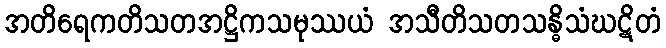
အတိရေကတိသတအဋ္ဌိကသမုဿယံ အသီတိသတသန္ဓိသံဃဋိတံ